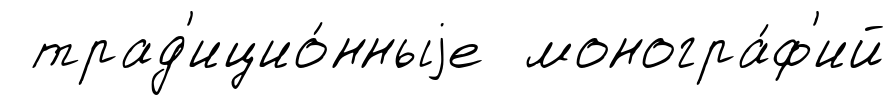
трад'ицио́нныjе моногра́ф'ий